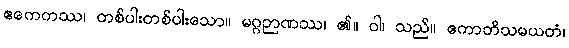
ဧကေကဿ၊ တစ်ပါးတစ်ပါးသော။ မဂ္ဂဉာဏဿ၊ ၏။ ဝါ၊ သည်။ ဧကာဘိသမယတံ၊